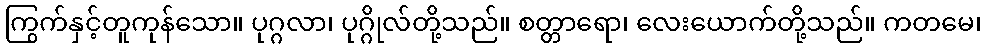
ကြွက်နှင့်တူကုန်သော။ ပုဂ္ဂလာ၊ ပုဂ္ဂိုလ်တို့သည်။ စတ္တာရော၊ လေးယောက်တို့သည်။ ကတမေ၊